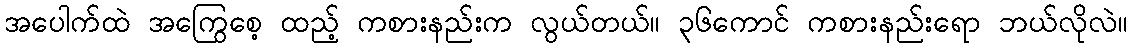
အပေါက်ထဲ အကြွေစေ့ ထည့် ကစားနည်းက လွယ်တယ်။ ၃၆ကောင် ကစားနည်းရော ဘယ်လိုလဲ။